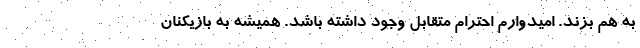
به هم بزند. امیدوارم احترام متقابل وجود داشته باشد. همیشه به بازیکنان